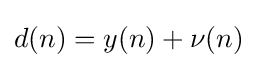
d(n)=y(n)+\nu (n)